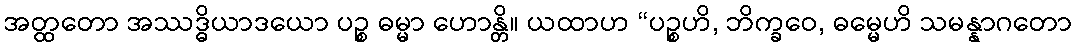
အတ္ထတော အဿဒ္ဓိယာဒယော ပဉ္စ ဓမ္မာ ဟောန္တိ။ ယထာဟ “ပဉ္စဟိ, ဘိက္ခဝေ, ဓမ္မေဟိ သမန္နာဂတော